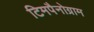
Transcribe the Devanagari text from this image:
टिमपैनोग्राम